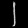
Digit: ၂